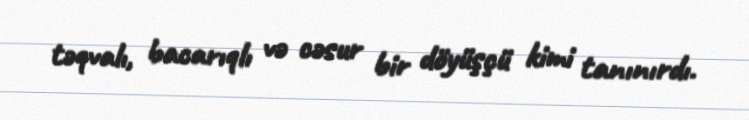
təqvalı, bacarıqlı və cəsur bir döyüşçü kimi tanınırdı.